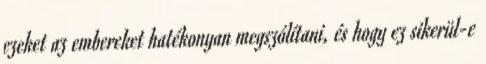
ezeket az embereket hatékonyan megszólítani, és hogy ez sikerül-e